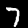
Digit: 7